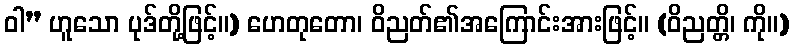
ဝါ” ဟူသော ပုဒ်တို့ဖြင့်။) ဟေတုတော၊ ဝိညတ်၏အကြောင်းအားဖြင့်။ (ဝိညတ္တိ၊ ကို။)